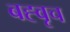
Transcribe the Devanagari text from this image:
बह्वृच